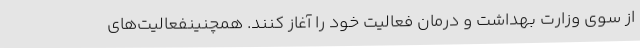
از سوی وزارت بهداشت و درمان فعالیت خود را آغاز کنند. همچنینفعالیت‌های